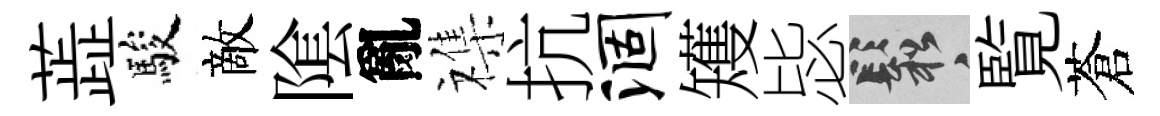
蕋駿敵隂亂襍抗涸矱毖鬆覧蒼